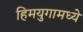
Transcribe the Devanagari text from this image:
हिमयुगामध्ये